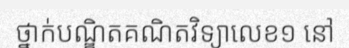
ថ្នាក់បណ្ឌិតគណិតវិទ្យាលេខ១ នៅ